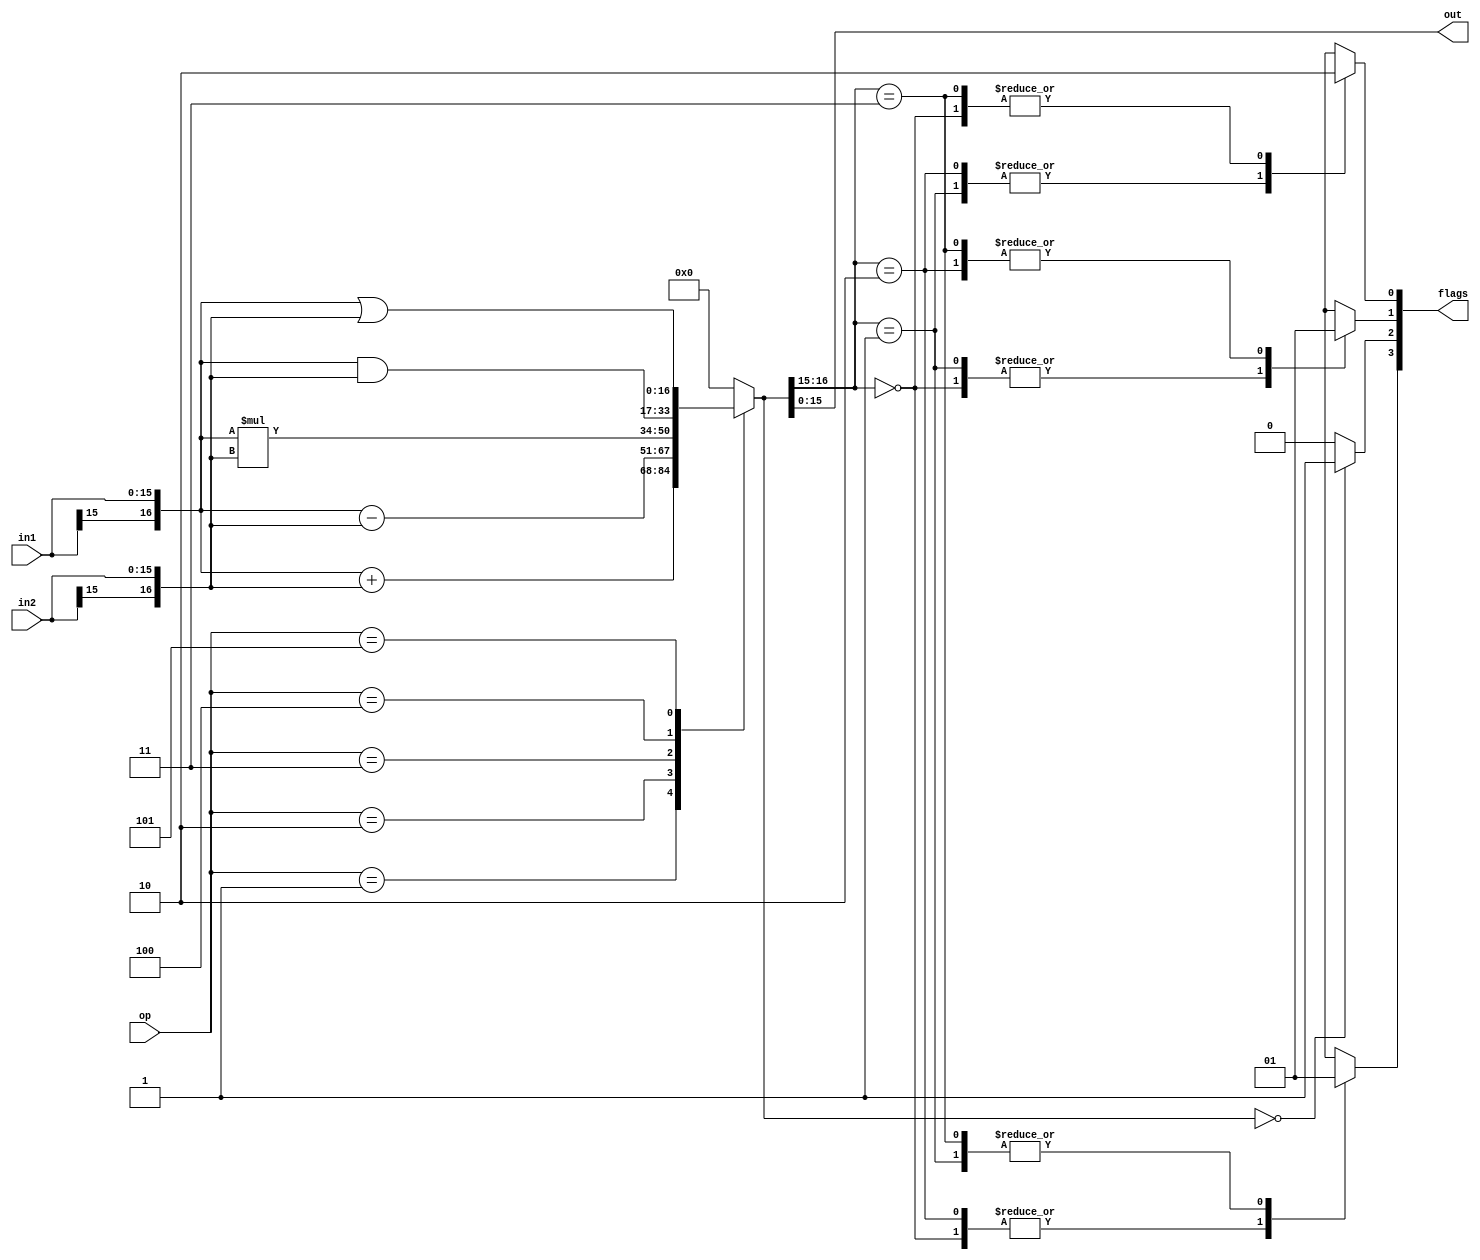
/*
 *
 */

`timescale 1ns / 1ps

module alu
#(
	parameter WIDTH = 16
)(
	input signed [WIDTH-1:0] in1,
	input signed [WIDTH-1:0] in2,
	input [2:0] op,

	output signed [WIDTH-1:0] out,
	output [3:0] flags
);

	localparam ALU_OP_ADD = 'b001;
	localparam ALU_OP_SUB = 'b010;
	localparam ALU_OP_MUL = 'b011;
	localparam ALU_OP_AND = 'b100;
	localparam ALU_OP_OR  = 'b101;

	/* Sign extension */
	reg signed [WIDTH:0] out_ext;
	wire [WIDTH:0] in1_ext, in2_ext;
	assign in1_ext = {in1[WIDTH-1], in1};
	assign in2_ext = {in2[WIDTH-1], in2};

	/* Flags */
	reg negative;
	reg zero;
	reg carry;
	reg overflow;

	always @(*) begin
		case (op)
		ALU_OP_ADD:
			out_ext = in1_ext + in2_ext;
		ALU_OP_SUB:
			out_ext = in1_ext - in2_ext;
		ALU_OP_MUL:
			out_ext = in1_ext * in2_ext;
		ALU_OP_AND:
			out_ext = in1_ext & in2_ext;
		ALU_OP_OR:
			out_ext = in1_ext | in2_ext;
		default:
			out_ext = 'd0;
		endcase
	end

	/* Overflow/underflow, carry and negative detection */
	always @(*) begin
		case (out_ext[WIDTH:WIDTH-1])
		'b00: begin
			carry = 1'b0;
			overflow = 1'b0;
			negative = 1'b0;
		end
		'b01: begin
			carry = 1'b0;
			overflow = 1'b1;
			negative = 1'b1;
		end
		'b10: begin
			carry = 1'b1;
			/* Technically this is an underflow,
			   but we make no distinction */
			overflow = 1'b1;
			negative = 1'b0;
		end
		'b11: begin
			carry = 1'b1;
			overflow = 1'b0;
			negative = 1'b1;
		end
		endcase
	end

	/* Zero value detection */
	always @(*) begin
		if (out_ext == 'd0)
			zero = 1'b1;
		else
			zero = 1'b0;
	end

	/* Outputs */
	assign out = out_ext[WIDTH-1:0];
	assign flags = {negative, zero, carry, overflow};

endmodule